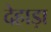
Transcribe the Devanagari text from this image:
देहाड़ा